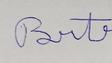
Signature authenticity: forged